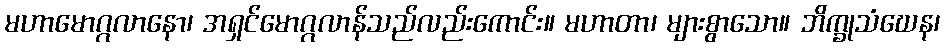
မဟာမောဂ္ဂလာနော၊ အရှင်မောဂ္ဂလာန်သည်လည်းကောင်း။ မဟာတာ၊ များစွာသော။ ဘိက္ခုသံဃေန၊